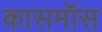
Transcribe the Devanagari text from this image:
कासमॉस